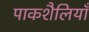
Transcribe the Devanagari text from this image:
पाकशैलियाँ